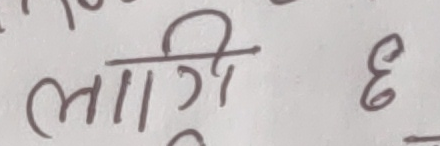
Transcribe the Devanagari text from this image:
लागी ६